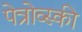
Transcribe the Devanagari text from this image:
पेत्रोव्स्की